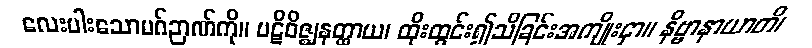
လေးပါးသောမဂ်ဉာဏ်ကို။ ပဋိဝိဇ္ဈနတ္ထာယ၊ ထိုးထွင်း၍သိခြင်းအကျိုးငှာ။ နိဗ္ဗာနာယာတိ၊